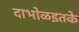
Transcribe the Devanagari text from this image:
दाभोळइतके